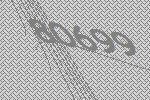
80699